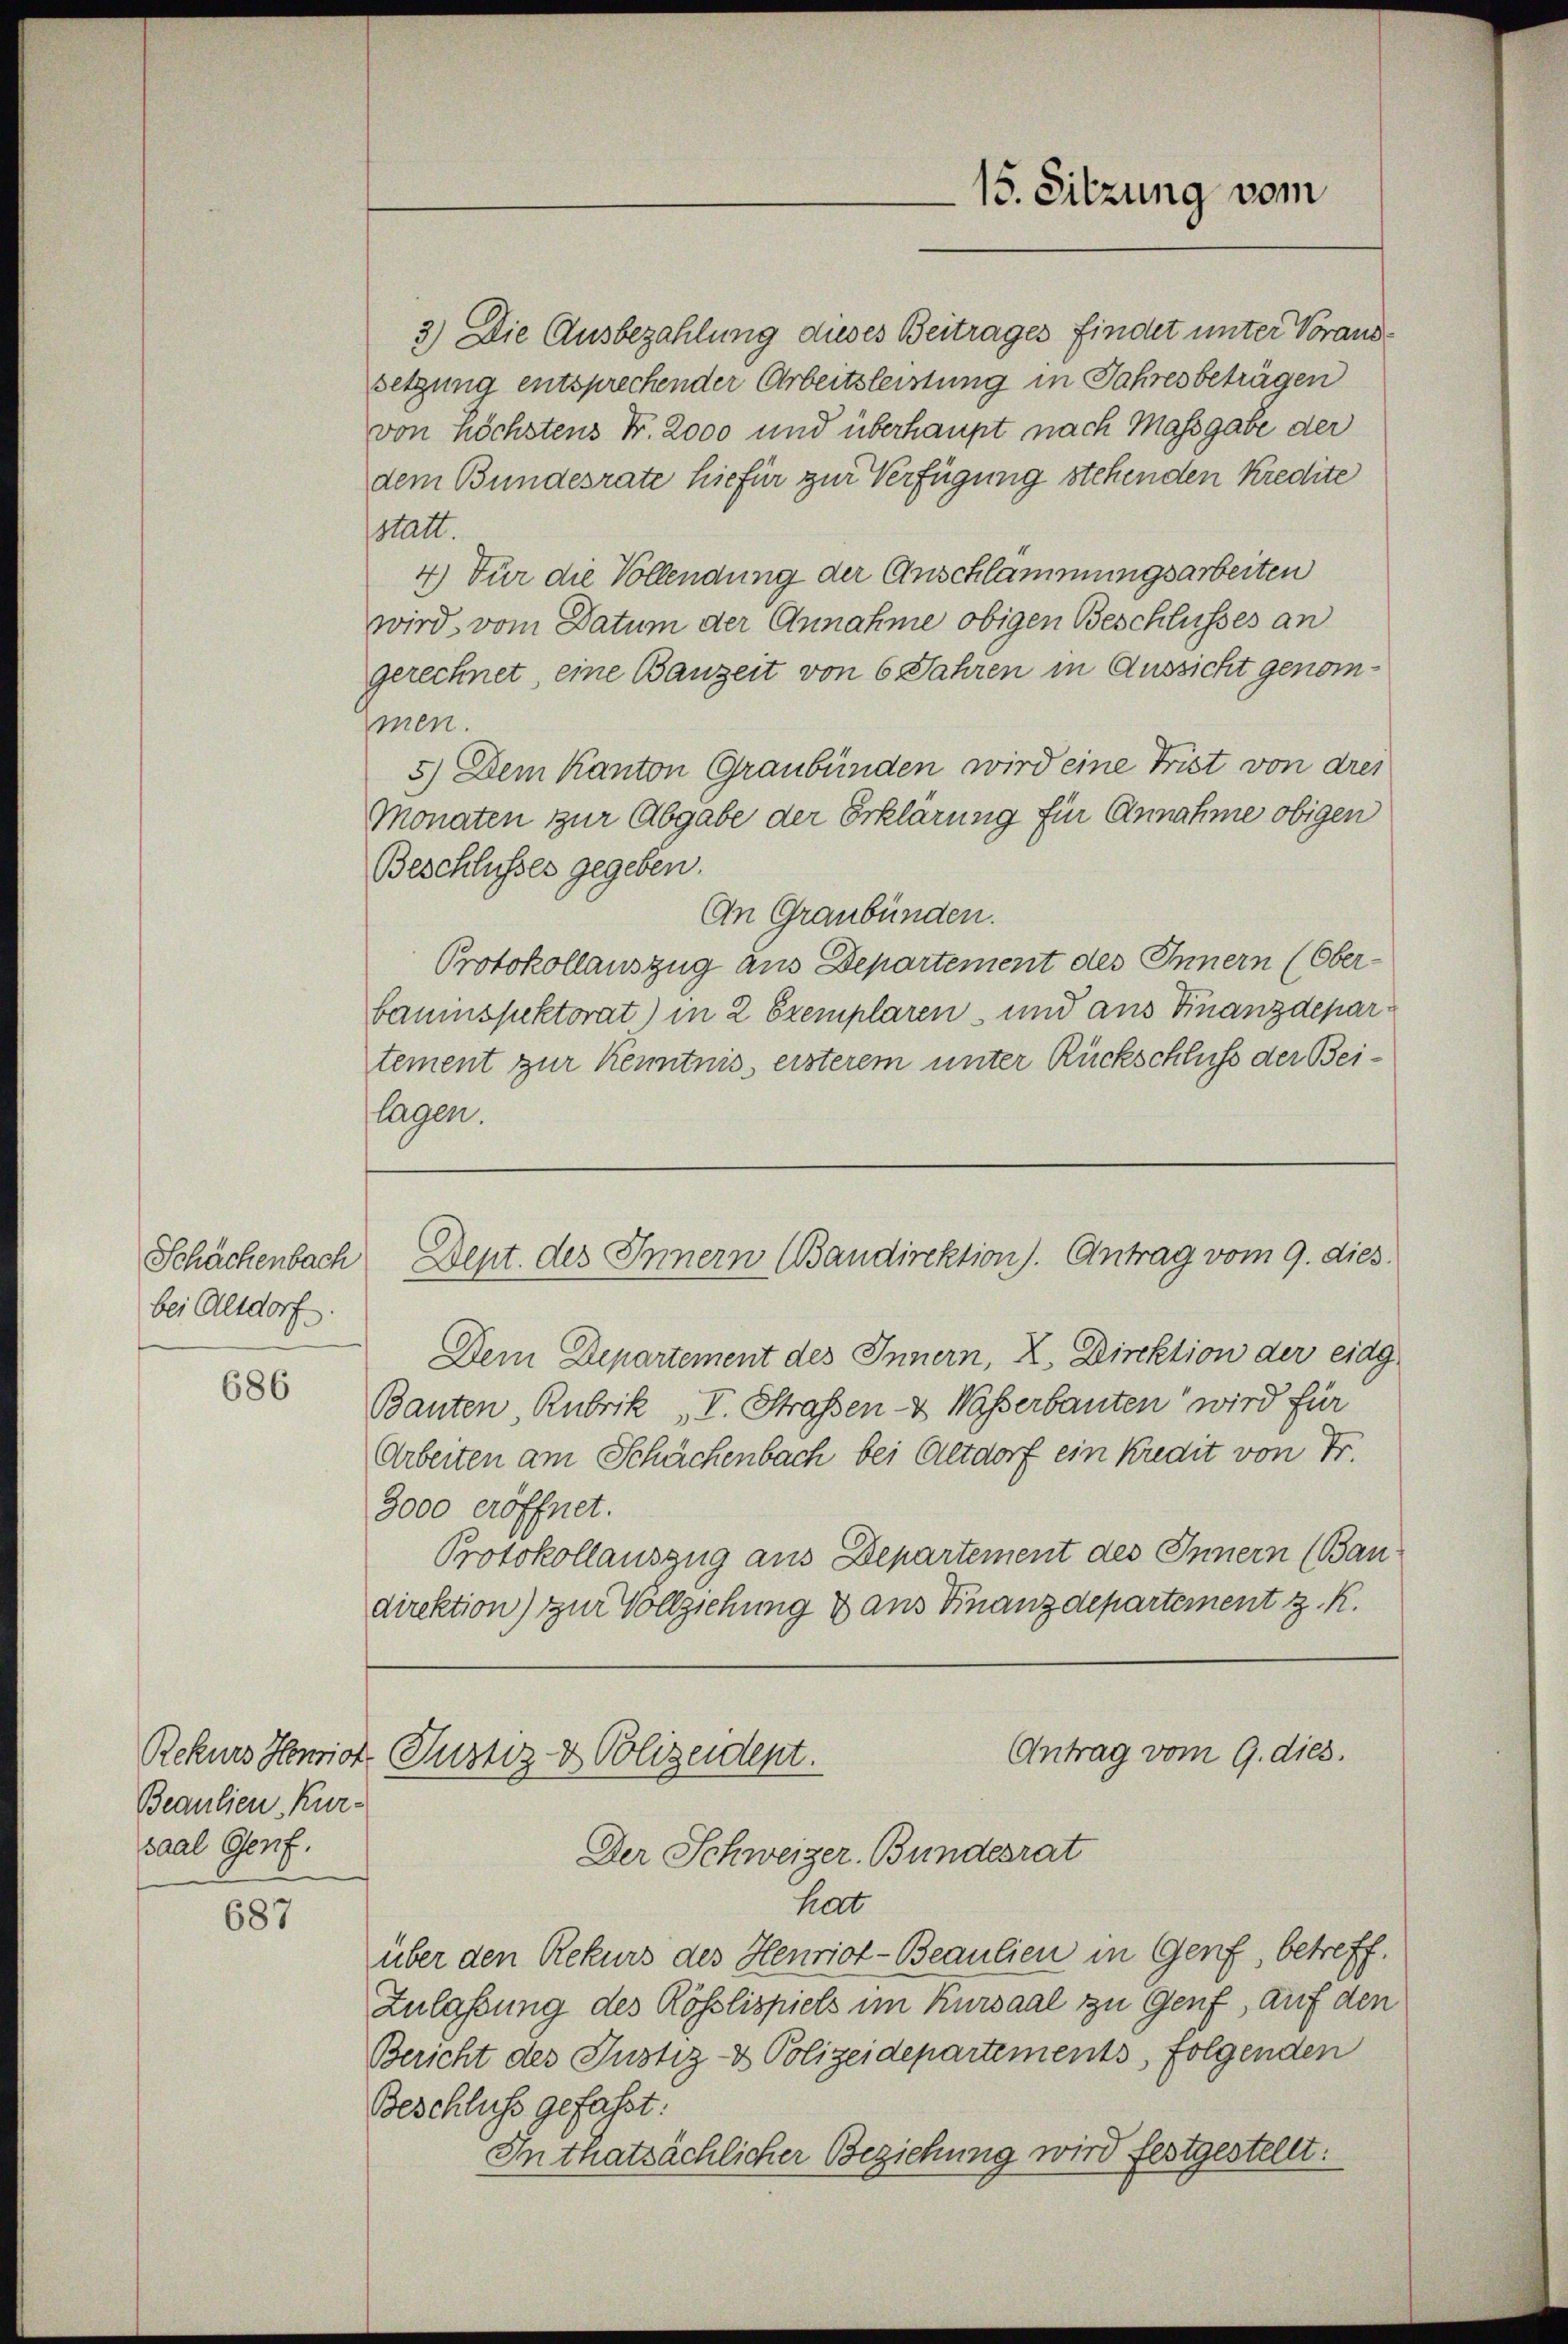
bei Altdorf.

686

Beaulien Kursaal Genf.

687

tement zur Kenntnis ersterem unter Rückschluß der Beilagen.

3.) Die Ausbezahlung dieses Beitrages findet unter Voraussetzung entsprechender Arbeitsleistung in Jahres beträgen
von höchstens Fr. 2000 und überhaupt nach Massgabe der
dem Bundesrate hiefür zur Verfügung stehenden Kredite
statt.
4) Für die Vollendung der Anschlammungsarbeiten
wird, vom Datum der Annahme obigen Beschlusses an
gerechnet, eine Bauzeit von 6 Jahren in Aussicht genommen.
5.) Dem Kanton Graubünden wird eine Frist von drei
Monaten zur Abgabe der Erklärung für Annahme obigen
Beschlusses gegeben.
An Graubünden.
Protokollauszug aus Departement des Innern (Ober-
bauinspektorat) in 2 Exemplaren, und aus Finanzdepar¬
Dem Departement des Innern, A. Direktion der eidg
Bauten, Rubrik „V. Straßen- & Waßerbauten wird für
Arbeiten am Schächenbach bei Altdorf ein Kredit von Fr.
3000 eröffnet.
Protokollauszug aus Departement des Innern (Bandirektion) zur Vollziehung & aus Finanzdepartement z. R.
Antrag vom 9. dies.
Rekurs Honior Justiz- & Polizeident.
Der Schweizer. Bundesrat
hat
über den Rekurs des Henriot-Beaulien in Genf, betreff.
Zulassung des Rösslispiels im Kursaal zu Genf, auf den
Bericht des Justiz- & Polizeidepartements, folgenden
Beschluss gefasst:
Inthatsächlicher Beziehung wird festgestellt.

15. Sitzung vom

Schächenbach Dept. des Innern (Bandirektion). Antrag vom 9. dies